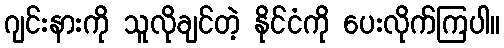
ဂျင်းနားကို သူလိုချင်တဲ့ နိုင်ငံကို ပေးလိုက်ကြပါ။